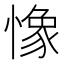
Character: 𢠽